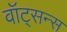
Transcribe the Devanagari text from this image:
वॉट्सन्स